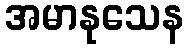
အမာနုသေန